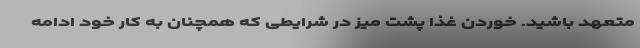
متعهد باشید. خوردن غذا پشت میز در شرایطی که همچنان به کار خود ادامه